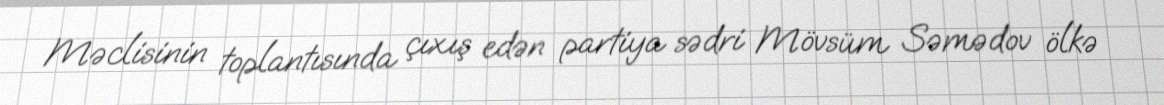
Məclisinin toplantısında çıxış edən partiya sədri Mövsüm Səmədov ölkə